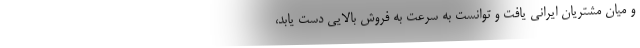
و میان مشتریان ایرانی یافت و توانست به سرعت به فروش بالایی دست یابد،